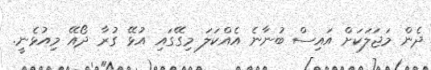
ދެން މަޖަލަކަށް އައިސް ބުނާނެ އެއްކަލަ މިގޭގައި އުޅޭ ގުރާ ދޯއޭ މިއުޅެނީ.